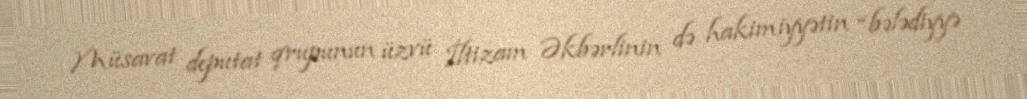
Müsavat deputat qrupunun üzvü İltizam Əkbərlinin də hakimiyyətin “bələdiyyə